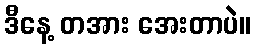
ဒီနေ့ တအား အေးတာပဲ။